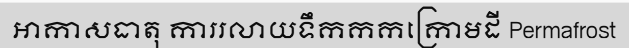
អាកាសធាតុ ការរលាយទឹកកកក្រោមដី Permafrost